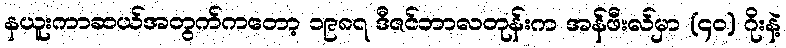
နယူးကာဆယ်အတွက်ကတော့ ၁၉၈၇ ဒီဇင်ဘာလတုန်းက အန်ဖီးလ်မှာ (၄ဝ) ဂိုးနဲ့